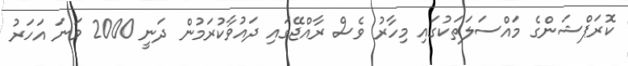
ކޮރަޕްޝަންގެ މައްސަލަތަކުގައި މިހާރު ވެސް ރާއްޖޭގައި ދައުވާކުރަމުން ދަނީ 2000 ވަނަ އަހަރު